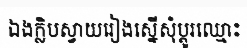
ឯងក្លិបស្វាយរៀងស្នើសុំប្តូរឈ្មោះ